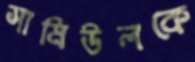
সামিউলকে